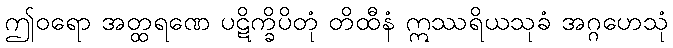
ဤဝရော အတ္ထရဏေ ပဋိက္ခိပိတုံ တိထီနံ ဣဿရိယသုခံ အဂ္ဂဟေသုံ